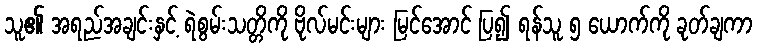
သူ၏ အရည်အချင်းနှင့် ရဲစွမ်းသတ္တိကို ဗိုလ်မင်းများ မြင်အောင် ပြ၍ ရန်သူ ၅ ယောက်ကို ခုတ်ချကာ